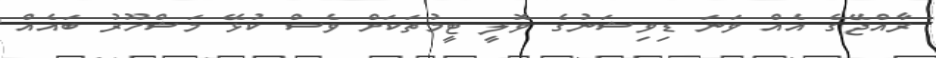
ރާއްޖޭގެ އެއް ވަނަ ޑިވިޝަނުގެ ވޮލީ ޓީމުތަކަށް ވެސް ކުޅޭ މަޝްހޫރު ބައެއް